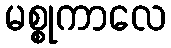
မစ္စုကာလေ